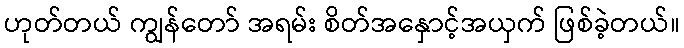
ဟုတ်တယ် ကျွန်တော် အရမ်း စိတ်အနှောင့်အယှက် ဖြစ်ခဲ့တယ်။